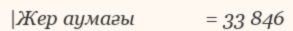
|Жер аумағы              = 33 846